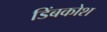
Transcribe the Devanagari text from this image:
डिंबकोश